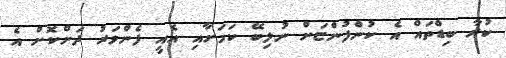
ކުރާ ބިޑްތައް އެ ކުންފުންޏަށް ނުލިބޭ ކަމަށާއި އެއީ ފެންވަރު ދަށްކޮށް އެ